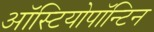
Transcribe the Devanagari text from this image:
ऑस्टियोपॉन्टिन